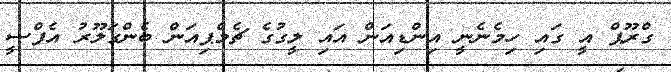
ގްރޫޕް އީ ގައި ހިމެނެނީ އިންޑިއަން އައި ލީގުގެ ޗެމްޕިއަން ބެންގަލޫރު އެފްސީ